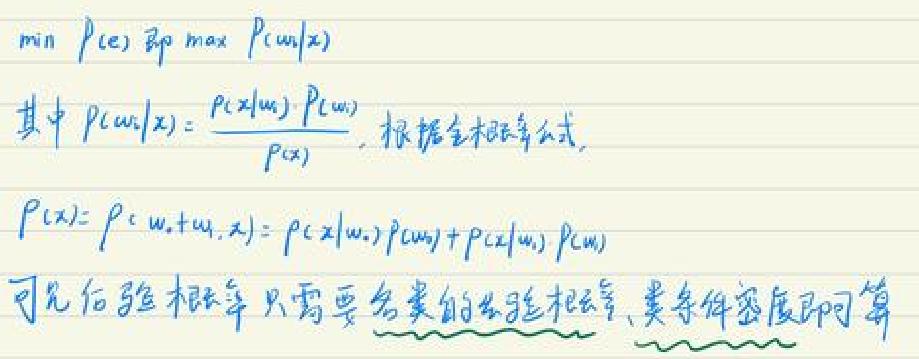
&\min P(e) 即\[ \max P(w_i|x)\]\\
&其中\( P(w_i|x)=\frac{P(x|w_i)P(w_i)}{P(x)}, \)根据全概率公式.\\
&\[P(x)=P(w_1 + w_2,x)=P(x|w_1)P(w_1)+P(x|w_2)P(w_2)\]\\
&可见后验概率只需要各类的先验概率、类条件密度即可算